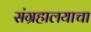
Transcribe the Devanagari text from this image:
संग्रहालयाचा